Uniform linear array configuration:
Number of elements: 64
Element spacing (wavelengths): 0.25
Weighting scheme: cosine
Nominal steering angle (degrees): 60
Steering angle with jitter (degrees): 59.749
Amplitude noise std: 0.05
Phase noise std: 0.05

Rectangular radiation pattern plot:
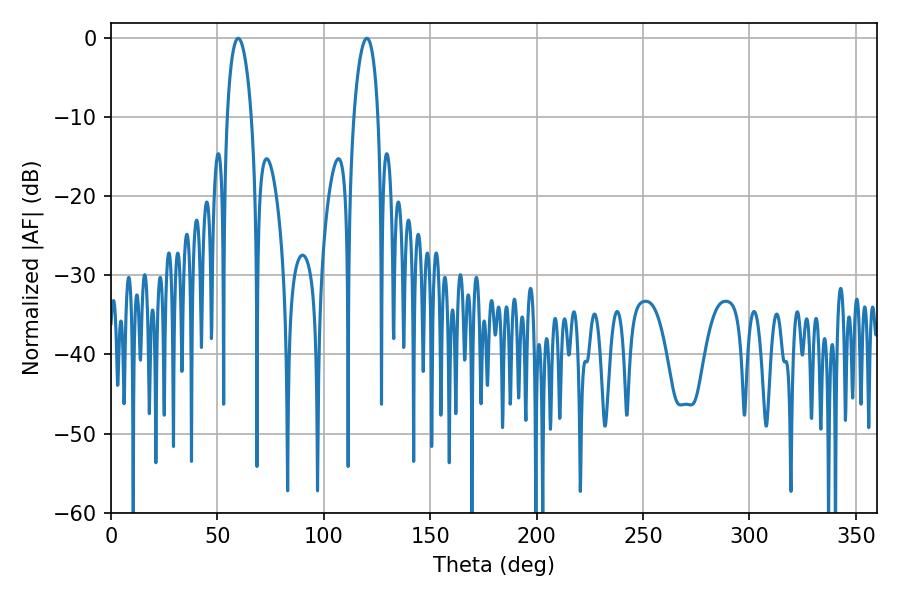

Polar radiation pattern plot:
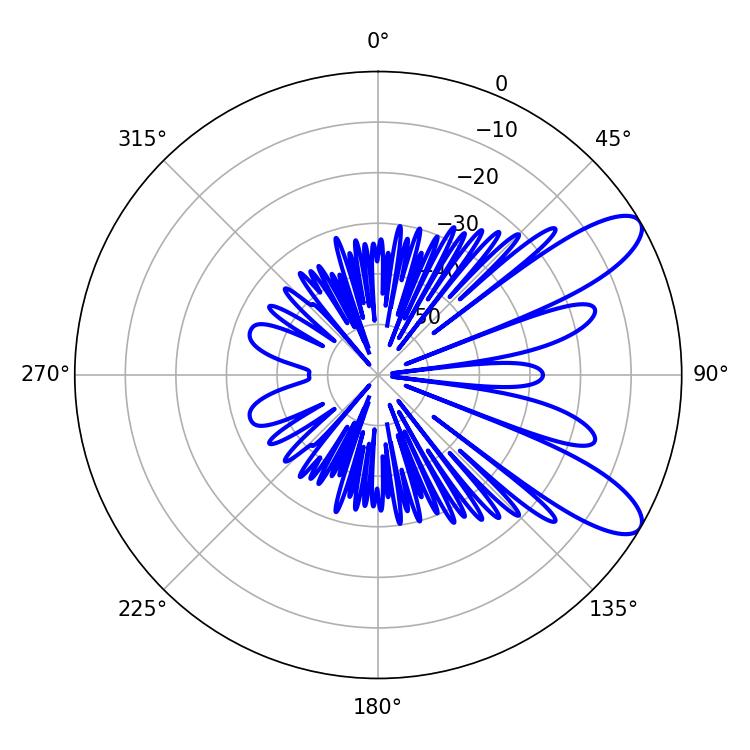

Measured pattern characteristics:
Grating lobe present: FALSE
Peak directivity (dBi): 9.663
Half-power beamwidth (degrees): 6.48
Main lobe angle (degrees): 59.76